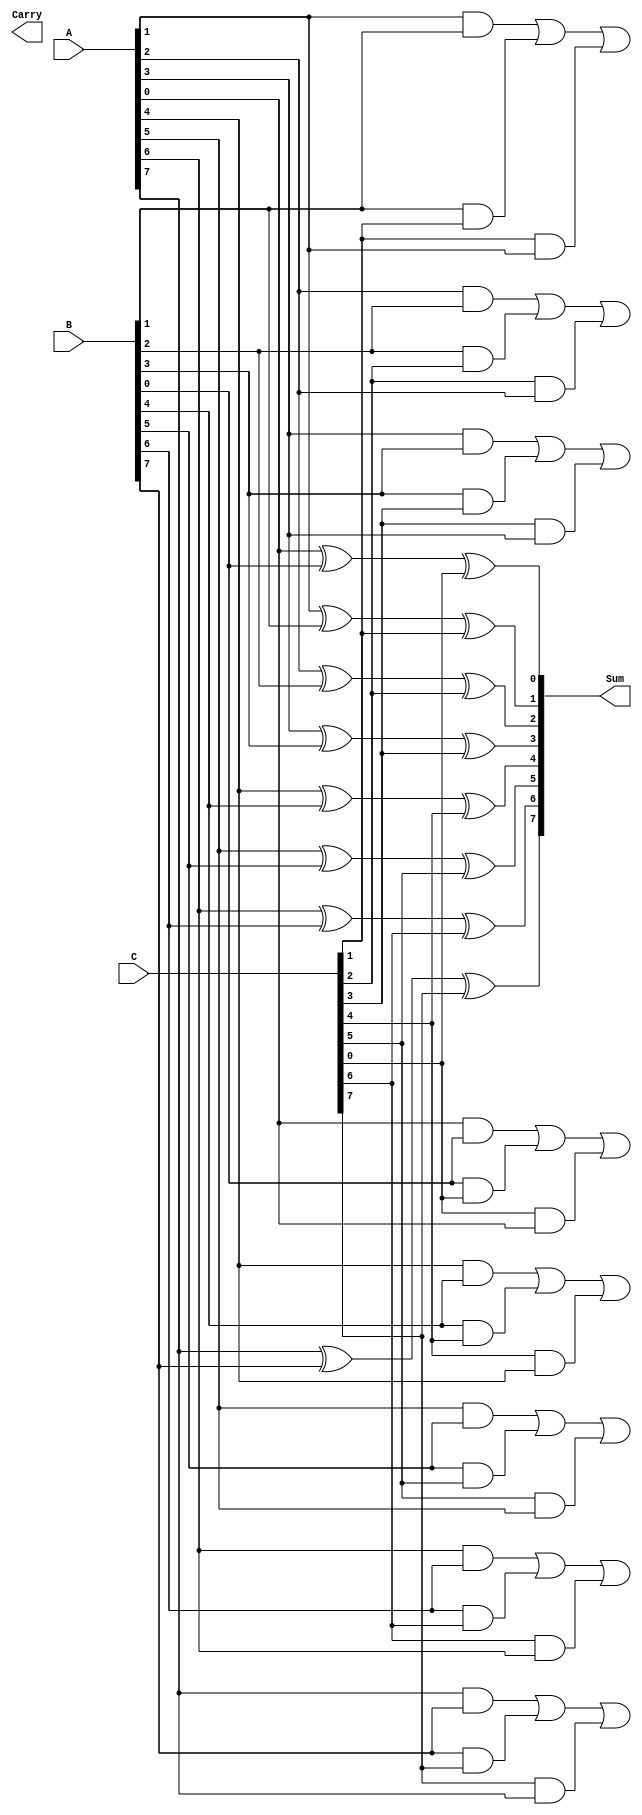
module CarrySaveAdder #(parameter n = 8) (
    input  wire [n-1:0] A,  // Input A
    input  wire [n-1:0] B,  // Input B
    input  wire [n-1:0] C,  // Input C
    output wire [n-1:0] Sum, // Output Sum
    output wire [n:0]   Carry // Output Carry
);
    
    // Intermediate wires to hold carry bits
    wire [n:0] carry;
    
    // Compute the sum and carry for each bit position
    genvar i;
    generate
        for (i = 0; i < n; i = i + 1) begin : CSA_BITS
            // Calculate sum for bit position i
            assign Sum[i] = A[i] ^ B[i] ^ C[i];
            
            // Calculate carry for bit position i
            // Carry[i+1] = (A[i] & B[i]) | (B[i] & C[i]) | (C[i] & A[i])
            assign carry[i + 1] = (A[i] & B[i]) | (B[i] & C[i]) | (C[i] & A[i]);
        end
    endgenerate

    // Assign the output carry
    assign Carry = carry;

endmodule